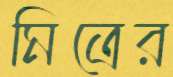
মিত্রের